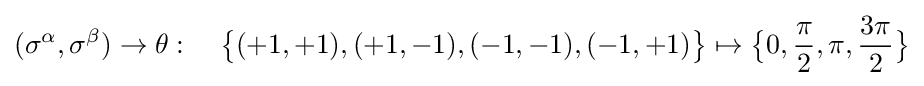
(\sigma ^{\alpha },\sigma ^{\beta })\to \theta :\quad {\big \{}(+1,+1),(+1,-1),(-1,-1),(-1,+1){\big \}}\mapsto {\big \{}0,{\frac {\pi }{2}},\pi ,{\frac {3\pi }{2}}{\big \}}